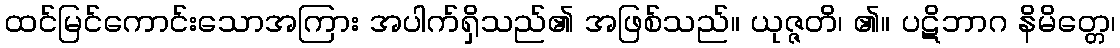
ထင်မြင်ကောင်းသောအကြား အပါက်ရှိသည်၏ အဖြစ်သည်။ ယုဇ္ဇတိ၊ ၏။ ပဋိဘာဂ နိမိတ္တေ၊